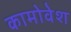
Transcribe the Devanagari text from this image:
कामोवेश